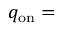
q _ { \mathrm { o n } } =